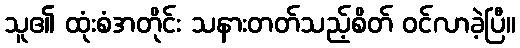
သူ၏ ထုံးစံအတိုင်း သနားတတ်သည့်စိတ် ဝင်လာခဲ့ပြီ။